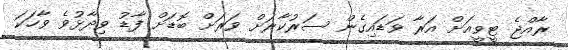
ރާއްޖެ ޓީވީއަށް އަރާ ވަޑައިގެން ސަރުކާރަށް ވަރަށް ބޮޑަށް ފާޑު ވިދާޅުވެ ވާހަކަ